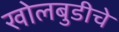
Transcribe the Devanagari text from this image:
खोलबुडीचे